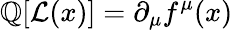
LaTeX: \mathbb{Q}[{\mathcal{{L}}}(x)]=\partial_{\mu}f^{\mu}(x)